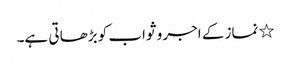
٭ نماز کے اجر و ثواب کو بڑھا تی ہے۔